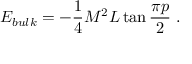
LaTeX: E _ { b u l k } = - \displaystyle \frac { 1 } { 4 } M ^ { 2 } L \tan \displaystyle \frac { \pi p } { 2 } \, \, .